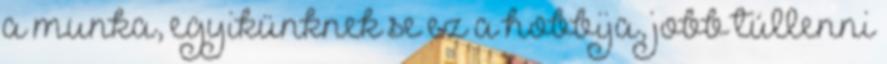
a munka, egyikünknek se ez a hobbija, jobb túllenni